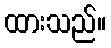
ထားသည်။